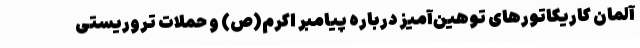
آلمان کاریکاتورهای توهین‌آمیز درباره پیامبر اکرم(ص) و حملات تروریستی